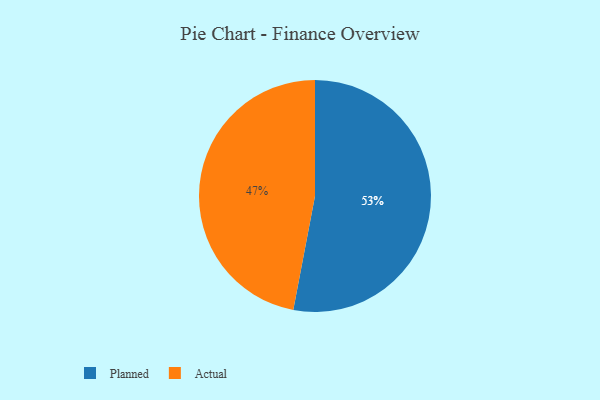
{"axis": {"x": "Category", "y": "Percentage"}, "legend": ["Actual", "Planned"], "data": [{"x": "Actual", "y": 47, "type": "Actual"}, {"x": "Planned", "y": 53, "type": "Planned"}]}